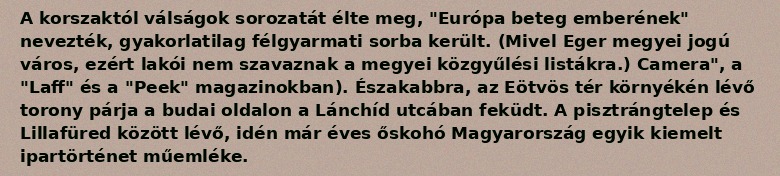
A korszaktól válságok sorozatát élte meg, "Európa beteg emberének" nevezték, gyakorlatilag félgyarmati sorba került. (Mivel Eger megyei jogú város, ezért lakói nem szavaznak a megyei közgyűlési listákra.) Camera", a "Laff" és a "Peek" magazinokban). Északabbra, az Eötvös tér környékén lévő torony párja a budai oldalon a Lánchíd utcában feküdt. A pisztrángtelep és Lillafüred között lévő, idén már éves őskohó Magyarország egyik kiemelt ipartörténet műemléke.